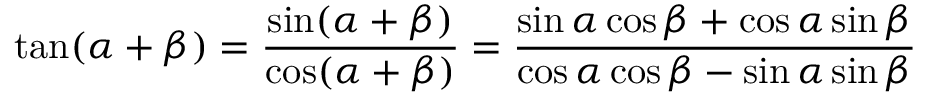
\tan ( \alpha + \beta ) = { \frac { \sin ( \alpha + \beta ) } { \cos ( \alpha + \beta ) } } = { \frac { \sin \alpha \cos \beta + \cos \alpha \sin \beta } { \cos \alpha \cos \beta - \sin \alpha \sin \beta } }